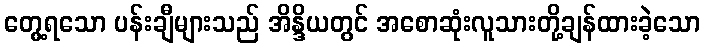
တွေ့ရသော ပန်းချီများသည် အိန္ဒိယတွင် အစောဆုံးလူသားတို့ချန်ထားခဲ့သော